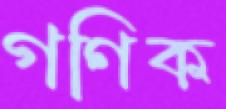
গণিক